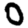
Digit: 0